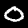
Label: 0